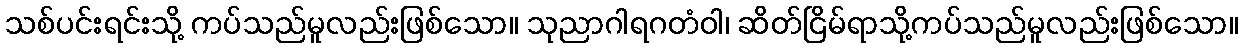
သစ်ပင်းရင်းသို့ ကပ်သည်မူလည်းဖြစ်သော။ သုညာဂါရဂတံဝါ၊ ဆိတ်ငြိမ်ရာသို့ကပ်သည်မူလည်းဖြစ်သော။